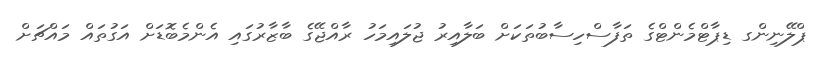
ޕްލޭނިންގ ޑިޕާޓްމެންޓްގެ ތަފާސްހިސާބުތަކަށް ބަލާއިރު ޖުލައިމަހު ރާއްޖޭގެ ބާޒާރުގައި އެންމެބޮޑަށް އަގުތައް މައްޗަށް